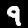
Digit: 9